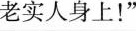
老实人身上！_